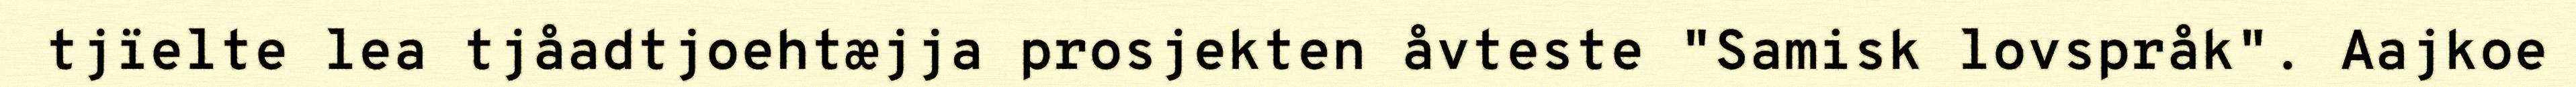
tjïelte lea tjåadtjoehtæjja prosjekten åvteste "Samisk lovspråk". Aajkoe